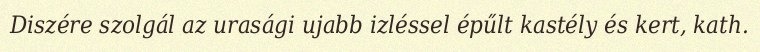
Diszére szolgál az urasági ujabb izléssel épűlt kastély és kert, kath.